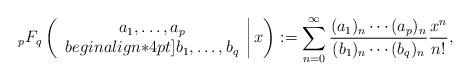
LaTeX: \begin{align*}{_pF_q}\left(\left.\begin{array}{c}a_{1},\dots,a_p \\begin{align*}4pt]b_{1},\dots,b_q \\\end{array}\right| x\right):=\sum_{n=0}^\infty\frac{(a_1)_n\cdots(a_p)_n}{(b_1)_n\cdots(b_q)_n}\frac{x^n}{n!},\end{align*}